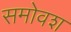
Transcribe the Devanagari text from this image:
समोवश